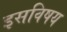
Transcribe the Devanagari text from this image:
इसविषय